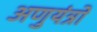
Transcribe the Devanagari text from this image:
अणुयंत्रों